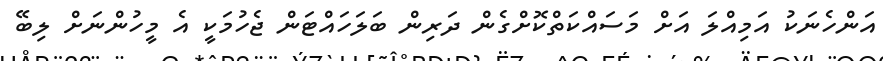
އަންހެނަކު އަމިއްލަ އަށް މަސައްކަތްކޮށްގެން ދަރިން ބަލަހައްޓަން ޖެހުމަކީ އެ މީހުންނަށް ލިބޭ